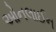
ઓનલાઈન